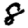
Digit: 8